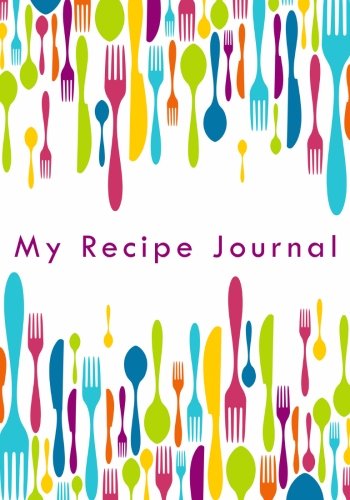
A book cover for My Recipe Journal: Blank Cookbook, 7 x 10, 111 Pages; My Recipe Journal; Cookbooks, Food & Wine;